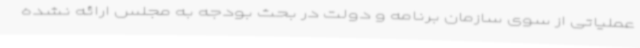
عملیاتی از سوی سازمان برنامه و دولت در بحث بودجه به مجلس ارائه نشده